65_HS1-834228961_62-HQ-83894_Section_5
Agency: FBI
Page 4
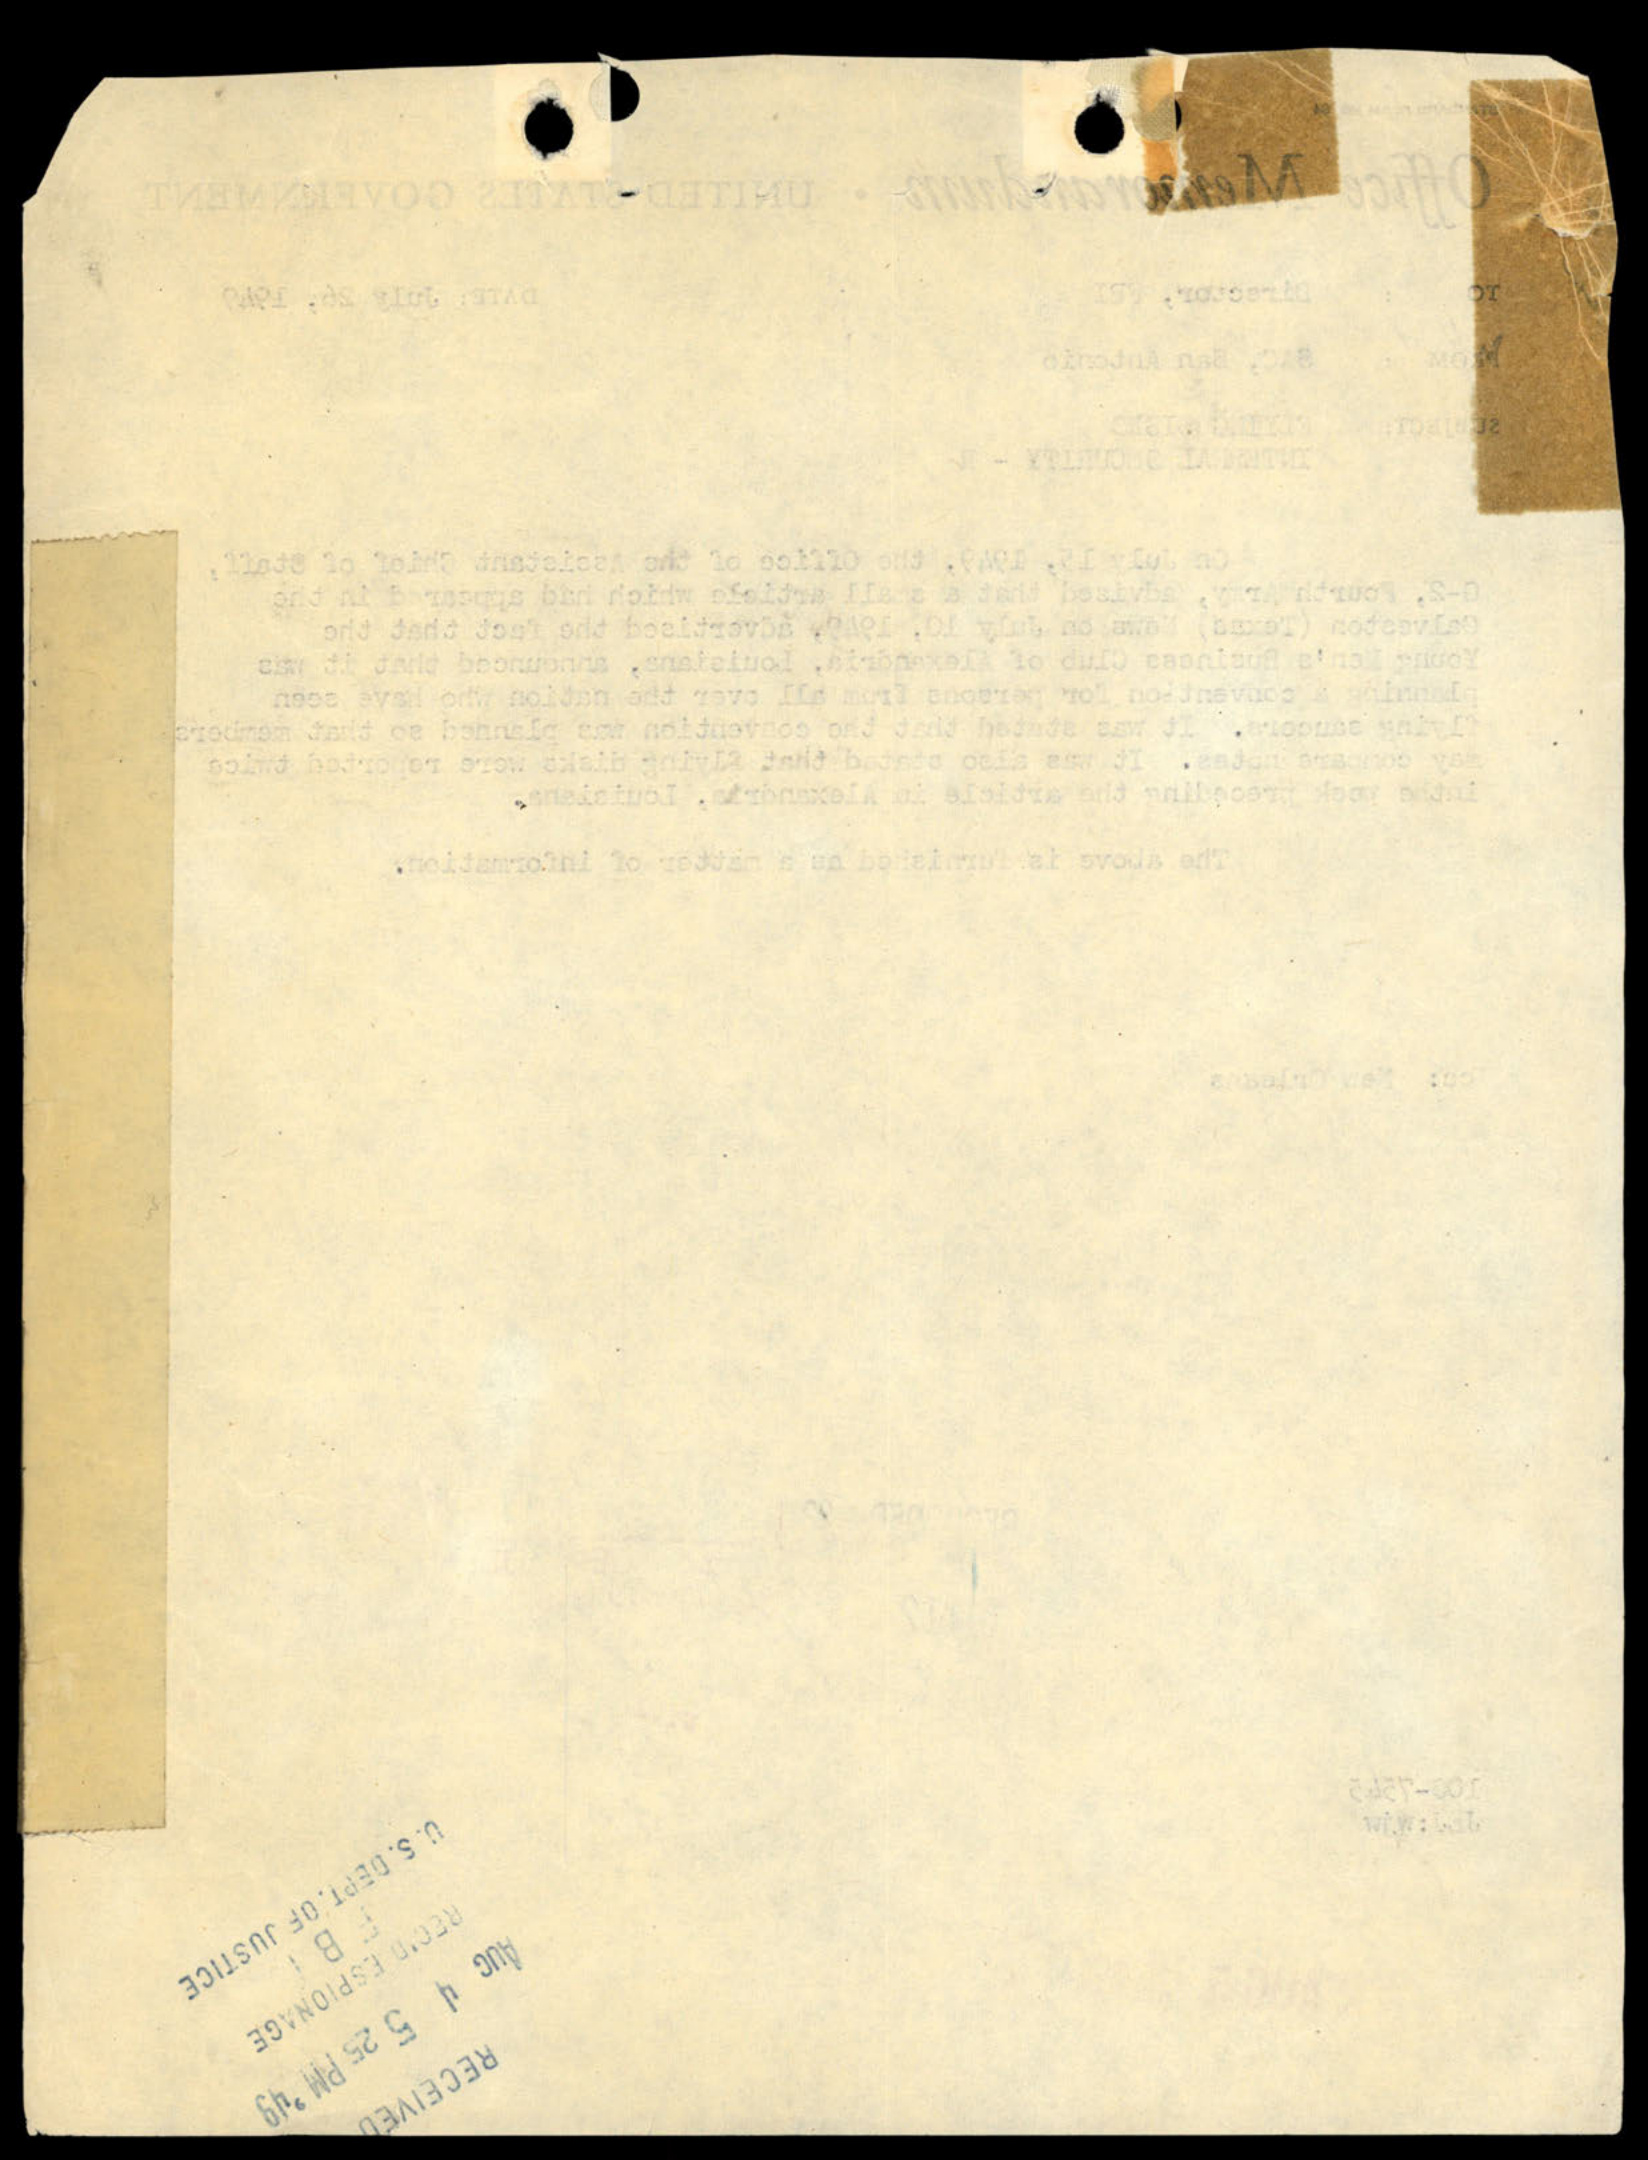